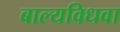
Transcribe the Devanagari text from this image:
बाल्यविधवा